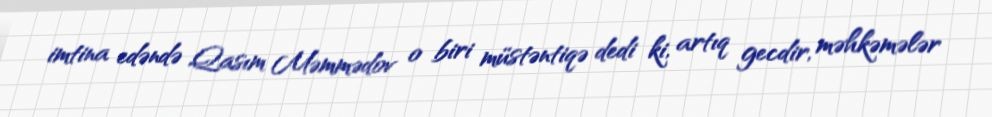
imtina edəndə Qasım Məmmədov o biri müstəntiqə dedi ki, artıq gecdir, məhkəmələr